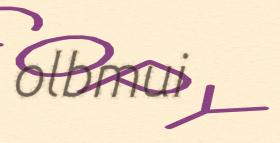
olbmui